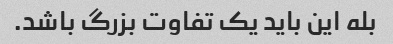
بله این باید یک تفاوت بزرگ باشد.